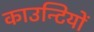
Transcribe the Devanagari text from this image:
काउन्टियों